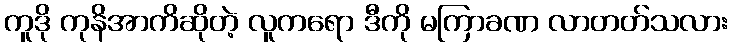
ကူဒို ကုနိအာကိဆိုတဲ့ လူကရော ဒီကို မကြာခဏ လာတတ်သလား